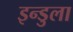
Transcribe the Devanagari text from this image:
इन्डुला